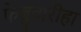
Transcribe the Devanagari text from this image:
फेब्रुवारीहा